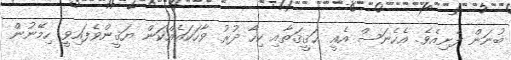
ބުނަން ފެށިއެވެ. އެހެނަސް އެއީ ޙަޤީޤަތާއި ކިހާ ދުރު ވާހަކައެއްކަން ޔަޤީންވެފައިވީ ހިމޭނުން